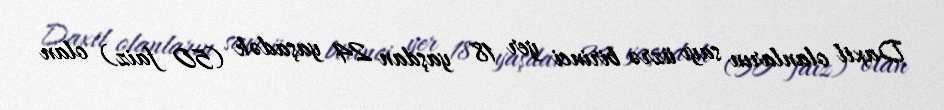
Daxil olanların sayı üzrə birinci yer 18 yaşdan 24 yaşadək (50 faiz) olan